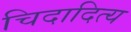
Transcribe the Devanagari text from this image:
चिदादित्य